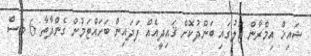
ޝައިޚް އިމްރާން ޖަލުގައި ބަންދުކޮށް ޤައިދީއެއް ފަދައިން ބަހައްޓަމުން ގެންދާތާ 6 މަސް